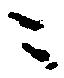
ニ